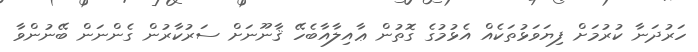
ހަރުދަނާ ކުރުމަށް ފިޔަވަޅުތަކެއް އެޅުމުގެ ގޮތުން ޢާއިލާއާބެހޭ ޤާނޫނަށް ސަރުކާރުން ގެންނަން ބޭނުންވާ